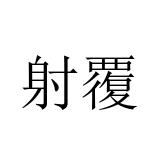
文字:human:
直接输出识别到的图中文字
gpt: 射覆